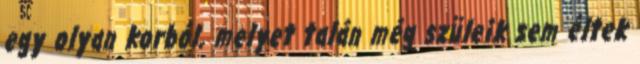
egy olyan korból, melyet talán még szüleik sem éltek